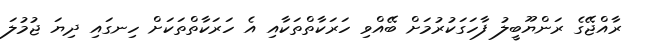
ރާއްޖޭގެ ރަންޔޫބީލު ފާހަގަކުރުމަށް ބޭއްވި ހަރަކާތްތަކާއި އެ ހަރަކާތްތަކަށް ހިނގައި ދިޔަ ޖުމުލަ